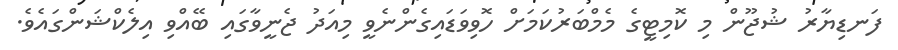
ފަނޑިޔާރު ޝުޖޫން މި ކޮމިޓީގެ މެމްބަރުކަމަށް ހޮވިވަޑައިގެންނެވީ މިއަދު ޖެނީވާގައި ބޭއްވި އިލެކްޝަންގައެވެ.